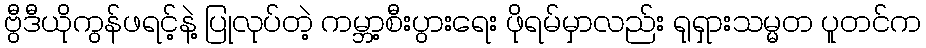
ဗွီဒီယိုကွန်ဖရင့်နဲ့ ပြုလုပ်တဲ့ ကမ္ဘာ့စီးပွားရေး ဖိုရမ်မှာလည်း ရုရှားသမ္မတ ပူတင်က